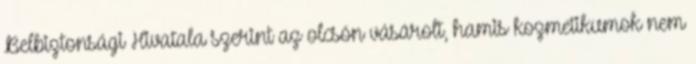
Belbiztonsági Hivatala szerint az olcsón vásárolt, hamis kozmetikumok nem